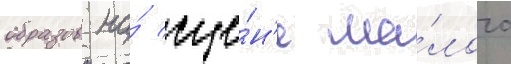
образов на́ сце́н'е ма́лого